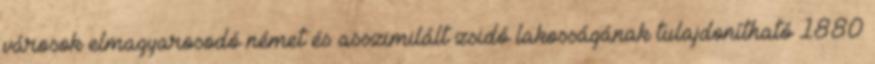
városok elmagyarosodó német és asszimilált zsidó lakosságának tulajdonítható 1880